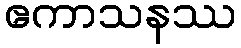
ဧကာသနဿ